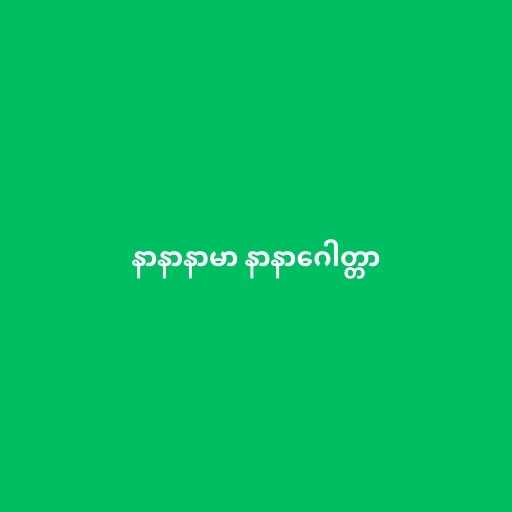
နာနာနာမာ နာနာဂေါတ္တာ